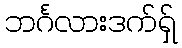
ဘင်္ဂလားဒက်ရှ်